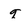
Character: q